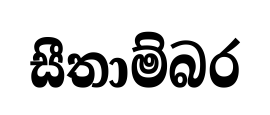
සීතාම්බර